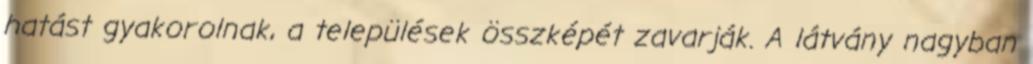
hatást gyakorolnak, a települések összképét zavarják. A látvány nagyban